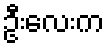
ဦးလေးက